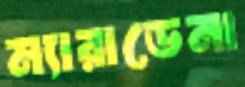
ম্যারাডেনা